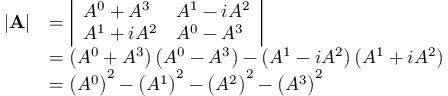
{ \begin{array} { r l } { | \mathbf { A } | } & { = { \left| \begin{array} { l l } { A ^ { 0 } + A ^ { 3 } } & { A ^ { 1 } - i A ^ { 2 } } \\ { A ^ { 1 } + i A ^ { 2 } } & { A ^ { 0 } - A ^ { 3 } } \end{array} \right| } } \\ & { = \left( A ^ { 0 } + A ^ { 3 } \right) \left( A ^ { 0 } - A ^ { 3 } \right) - \left( A ^ { 1 } - i A ^ { 2 } \right) \left( A ^ { 1 } + i A ^ { 2 } \right) } \\ & { = \left( A ^ { 0 } \right) ^ { 2 } - \left( A ^ { 1 } \right) ^ { 2 } - \left( A ^ { 2 } \right) ^ { 2 } - \left( A ^ { 3 } \right) ^ { 2 } } \end{array} }